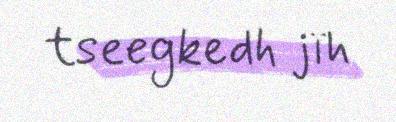
tseegkedh jïh